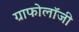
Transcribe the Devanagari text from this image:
ग्राफोलॉजी